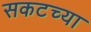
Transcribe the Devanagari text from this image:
सकटच्या